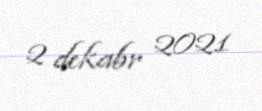
2 dekabr 2021